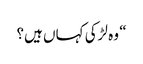
“ وہ لڑکی کہاں ہیں؟